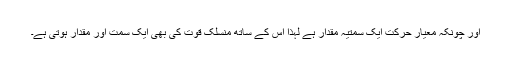
اور چونکہ معیار حرکت ایک سمتیہ مقدار ہے لہذا اس کے ساتھ منسلک قوت کی بھی ایک سمت اور مقدار ہوتی ہے۔